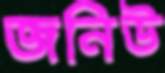
জনিউ